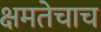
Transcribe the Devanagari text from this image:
क्षमतेचाच